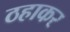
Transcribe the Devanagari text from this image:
ठहाकर